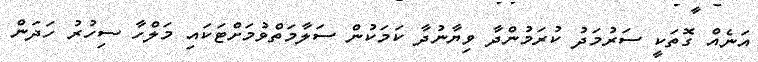
އަނެއް ގޮތަކީ ސަރުމަދު ކުރަމުންދާ ވިޔާނުދާ ކަމަކުން ސަލާމަތްވުމަށްޓަކައި މަލްހާ ސިހުރު ހަދަން